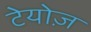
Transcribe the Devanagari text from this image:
टेयोज़